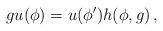
LaTeX: \begin{align*}g u (\phi) = u (\phi') h(\phi,g)\,, \end{align*}